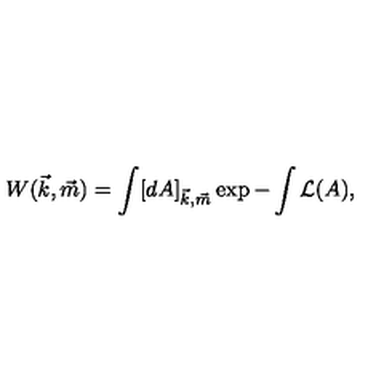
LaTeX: W ( \vec { k } , \vec { m } ) = \int [ d A ] _ { \vec { k } , \vec { m } } \exp - \int { \cal L } ( A ) ,